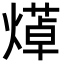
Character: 㷹